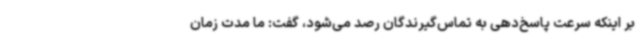
بر اینکه سرعت پاسخ‌دهی به تماس‌گیرندگان رصد می‌شود، گفت: ما مدت زمان